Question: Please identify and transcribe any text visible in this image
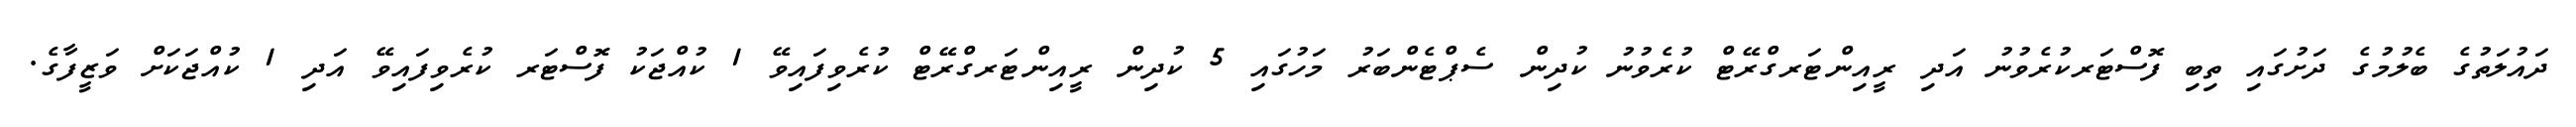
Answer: ދައުލަތުގެ ބެލުމުގެ ދަށުގައި ތިބި ފޮސްޓަރކުރެވުނު އަދި ރީއިންޓަރގްރޭޓް ކުރެވުނު ކުދިން ސެޕްޓެންބަރު މަހުގައި 5 ކުދިން ރީއިންޓަރގްރޭޓް ކުރެވިފައިވޭ 1 ކުއްޖަކު ފޮސްޓަރ ކުރެވިފައިވޭ އަދި 1 ކުއްޖަކަށް ވަޒީފާގެ.